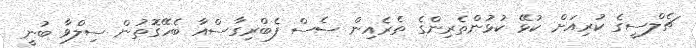
ޗެލްސީގެ ކުރިއަށް ކުޅޭ ކުޅުންތެރިންގެ ތެރެއިން ސެސް ފެބްރިގާސްއާ ބެހޭގޮތުން ސިލްވާ ބުނީ